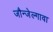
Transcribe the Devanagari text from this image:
जौन्जेल्गावा